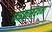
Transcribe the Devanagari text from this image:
माइक्रोसंरचना